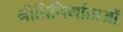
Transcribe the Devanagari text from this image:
नीतिनिर्माताओं